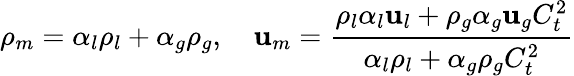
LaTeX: \rho_{m}=\alpha_{l}\rho_{l}+\alpha_{g}\rho_{g},\quad\mathbf{u}_{m}=\frac{\rho_{l}\alpha_{l}\mathbf{u}_{l}+\rho_{g}\alpha_{g}\mathbf{u}_{g}C_{t}^{2}}{\alpha_{l}\rho_{l}+\alpha_{g}\rho_{g}C_{t}^{2}}